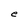
Character: e